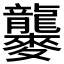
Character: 𪎁